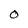
Character: O